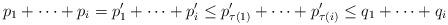
LaTeX: \begin{align*} p_1 + \cdots + p_i = p'_1 + \cdots + p'_i \leq p'_{\tau(1)} + \cdots + p'_{\tau(i)} \leq q_1 + \cdots + q_i \end{align*}